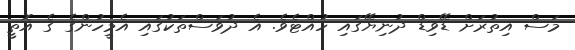
މަސް އިތުރަށް ޑޭވިޑް ދުނިޔޭގައި ހުއްޓެވެ. އެ ދުވަސްތަކުގައި އެމީހުންގެ ގެ އޮތީ